Indian journal of veterinary science and animal husbandry - Volumes 24-25, 1954-1955
Year: 1954
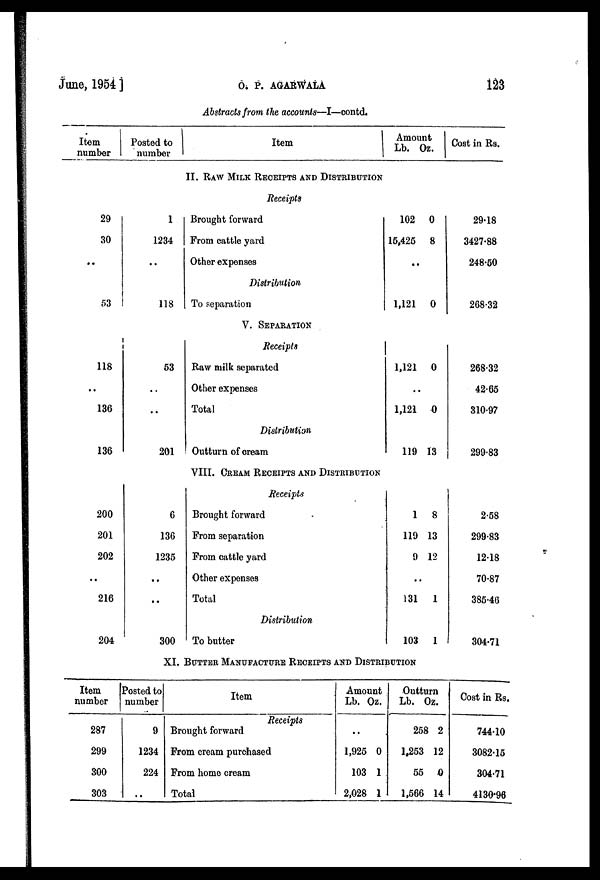
June, 1954
]
O.
P.
AGARWALA
123
Abstracts from the accounts—I—contd.
Item
number
29
30
..
53
118
..
136
136
200
201
202
..
216
204
Posted to
number
1
1234
..
118
53
..
..
201
6
136
1235
..
..
300
Item
II. RAW MILK RECEIPTS AND DISTRIBUTION
Receipts
Brought forward
From cattle yard
Other expenses
Distribution
To separation
V. SEPARATION
Receipts
Raw milk separated
Other expenses
Total
Distribution
Outturn of cream
VIII. CREAM RECEIPTS AND DISTRIBUTION
Receipts
Brought forward
From separation
From cattle yard
Other expenses
Total
Distribution
To butter
Amount
Lb. O
102
15,425
..
1,121
1,121
..
1,121
119
1
119
9
..
131
103
Oz.
0
8
0
0
0
13
8
13
12
1
1
Cost in Rs.
29.18
3427.88
248.50
268.32
268.32
42.65
310.97
299.83
2.58
299.83
12.18
70.87
385.46
304.71
XI. BUTTER MANUFACTURE RECEIPTS AND DISTRIBUTION
Item
number
287
299
300
303
Posted to
number
9
1234
224
..
Item
Receipts
Brought forward
From cream purchased
From home cream
Total
Amou
nt
Lb.
..
1,925
103
2,028
Oz.
0
1
1
Outtu
rn
Lb.
258
1,253
55
1,566
Oz.
2
12
0
14
Cost in Rs.
744.10
3082.15
304.71
4130.96